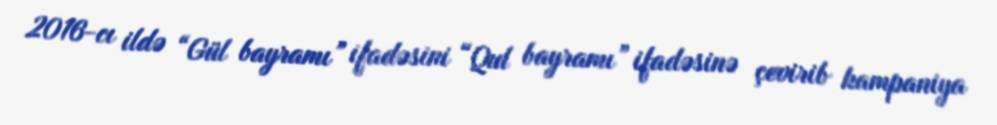
2016-cı ildə “Gül bayramı” ifadəsini “Qul bayramı” ifadəsinə çevirib kampaniya